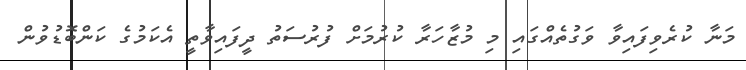
މަނާ ކުރެވިފައިވާ ވަގުތެއްގައި މި މުޒާހަރާ ކުރުމަށް ފުރުސަތު ދީފައިވާތީ އެކަމުގެ ކަންބޮޑުވުން